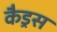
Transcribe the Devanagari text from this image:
कैड्रस